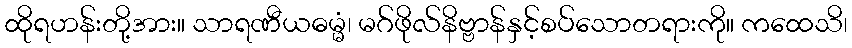
ထိုရဟန်းတို့အား။ သာရဏီယဓမ္မံ၊ မဂ်ဖိုလ်နိဗ္ဗာန်နှင့်စပ်သောတရားကို။ ကထေသိ၊